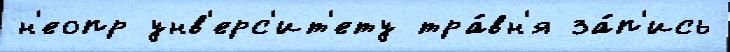
н'еопр унв'ерс'ит'ету тра́вн'я за́п'ись